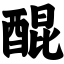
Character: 醌